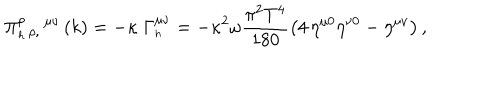
LaTeX: \Pi _ { _ h \, \rho , } ^ { \rho } \, ^ { \mu \nu } \left( k \right) = - \kappa \; \Gamma _ { _ h \, } ^ { \mu \nu } = - \kappa ^ { 2 } \omega \frac { \pi ^ { 2 } T ^ { 4 } } { 1 8 0 } \left( 4 \, \eta ^ { \mu 0 } \eta ^ { \nu 0 } - \eta ^ { \mu \nu } \right) ,